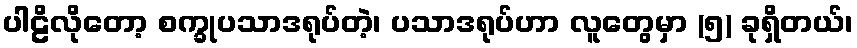
ပါဠိလိုတော့ စက္ခုပသာဒရုပ်တဲ့၊ ပသာဒရုပ်ဟာ လူတွေမှာ (၅) ခုရှိတယ်၊